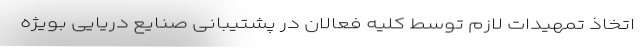
اتخاذ تمهیدات لازم توسط کلیه فعالان در پشتیبانی صنایع دریایی بویژه